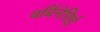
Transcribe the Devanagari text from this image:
बर्बिनेसिई